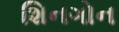
શિનગોન